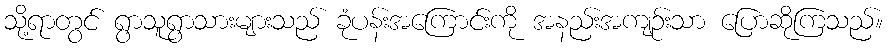
သို့ရာတွင် ရွာသူရွာသားများသည် ခုံပန်းအကြောင်းကို အနည်းအကျဉ်းသာ ပြောဆိုကြသည်။